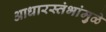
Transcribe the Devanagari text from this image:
आधारस्तंभांमुळे